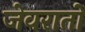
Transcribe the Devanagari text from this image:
जेवरातों